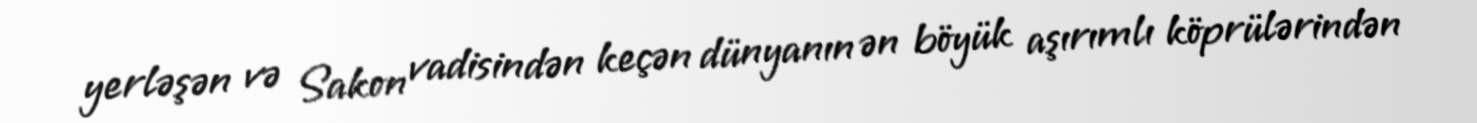
yerləşən və Sakon vadisindən keçən dünyanın ən böyük aşırımlı köprülərindən